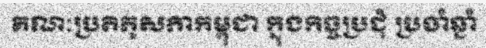
គណៈប្រតិភូសភាកម្ពុជា ក្នុងកិច្ចប្រជុំ ប្រចាំឆ្នាំ